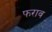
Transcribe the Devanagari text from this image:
फराव